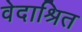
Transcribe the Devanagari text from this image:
वेदाश्रित